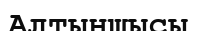
Алтыншысы